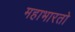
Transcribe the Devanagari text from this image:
महाभारतो